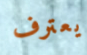
يعترف